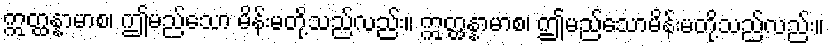
ဣတ္ထန္နာမာစ၊ ဤမည်သော မိန်းမတို့သည်လည်း။ ဣတ္ထန္နာမာစ၊ ဤမည်သောမိန်းမတို့သည်လည်း။